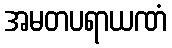
အမတပရာယဏံ